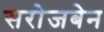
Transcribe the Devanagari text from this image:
सरोजबेन